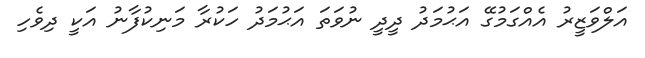
އަލްވަޒީރު އެއްގަމުގޭ އަޙުމަދު ދީދީ ނުވަތަ އަޙުމަދު ހަކުރާ މަނިކުފާނު އަކީ ދިވެހި